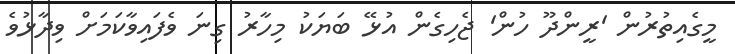
މީގެއިތުރުން 'ރީންދޫ ހުން' ޖެހިގެން އުޅޭ ބަޔަކު މިހާރު ގިނަ ވެފައިވާކަމަށް ވިދާޅުވެ